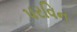
પરવિન